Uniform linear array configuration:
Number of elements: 32
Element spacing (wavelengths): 0.75
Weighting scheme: blackman
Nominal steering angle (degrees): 45
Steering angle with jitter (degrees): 43.14
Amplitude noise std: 0.05
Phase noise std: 0.05

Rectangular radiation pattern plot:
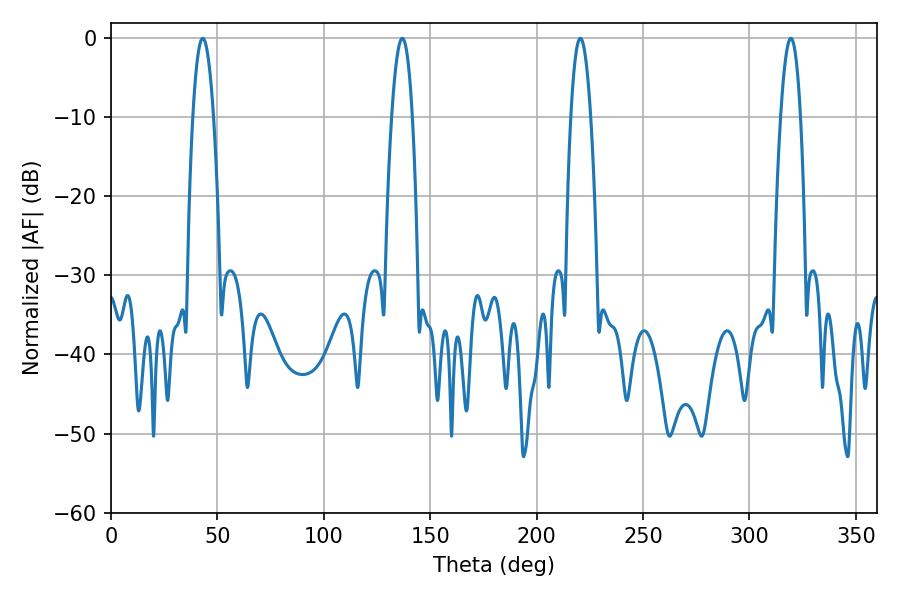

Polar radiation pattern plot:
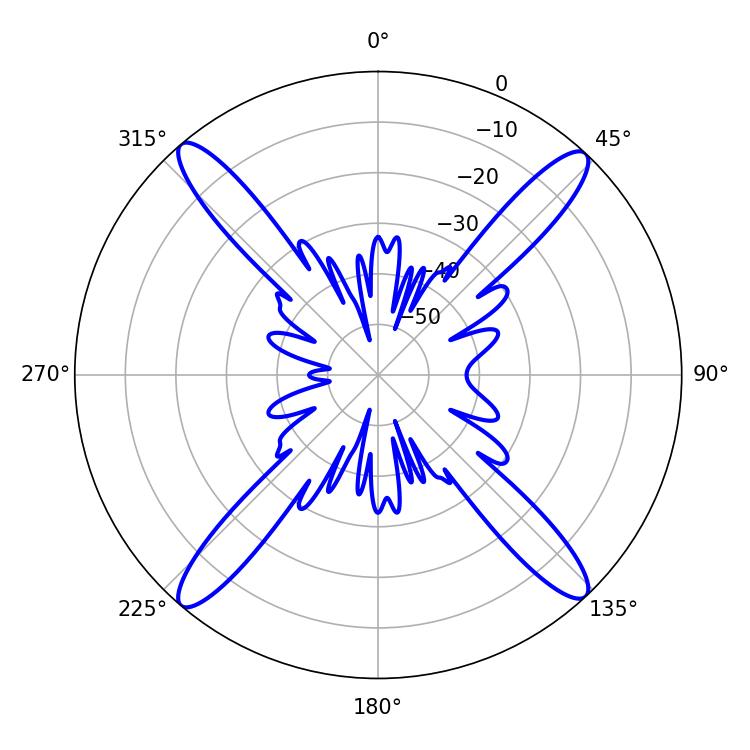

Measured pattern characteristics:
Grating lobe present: TRUE
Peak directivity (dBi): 22.172
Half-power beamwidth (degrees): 5.22
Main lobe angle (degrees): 220.5